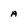
Character: a